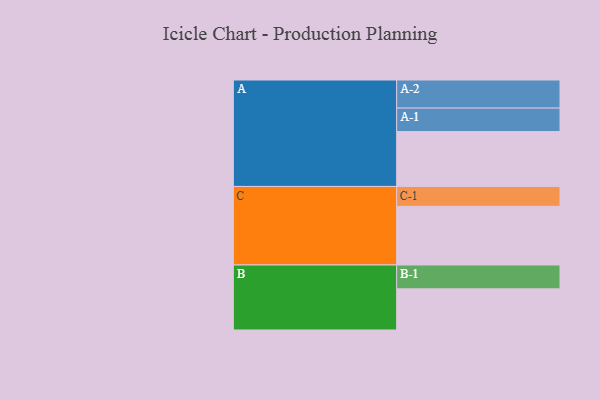
{"axis": {"x": "Segment", "y": "Value"}, "legend": ["", "A", "B", "C"], "data": [{"x": "A", "y": 547, "type": ""}, {"x": "B", "y": 410, "type": ""}, {"x": "C", "y": 585, "type": ""}, {"x": "A-1", "y": 234, "type": "A"}, {"x": "A-2", "y": 280, "type": "A"}, {"x": "B-1", "y": 238, "type": "B"}, {"x": "C-1", "y": 198, "type": "C"}]}